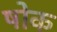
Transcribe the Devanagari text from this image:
षोक